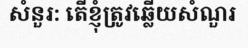
សំនួរ: តើខ្ញុំត្រូវឆ្លើយសំណួរ